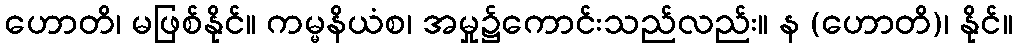
ဟောတိ၊ မဖြစ်နိုင်။ ကမ္မနိယံစ၊ အမှု၌ကောင်းသည်လည်း။ န (ဟောတိ)၊ နိုင်။